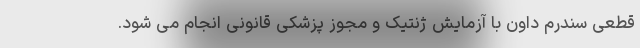
قطعی سندرم داون با آزمایش ژنتیک و مجوز پزشکی قانونی انجام می شود.